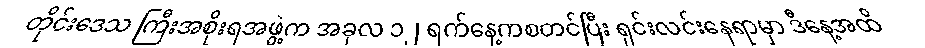
တိုင်းဒေသ ကြီးအစိုးရအဖွဲ့က အခုလ ၁၂ ရက်နေ့ကစတင်ပြီး ရှင်းလင်းနေရာမှာ ဒီနေ့အထိ